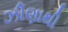
ઝીણાથી